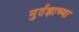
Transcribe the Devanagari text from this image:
मुर्तझाच्या